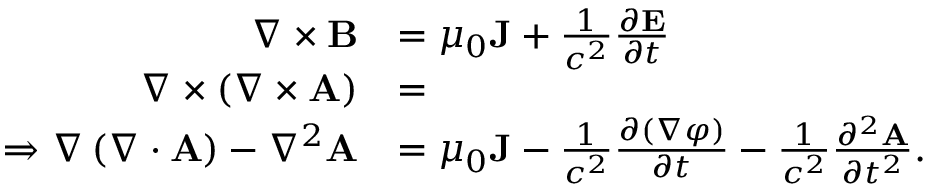
{ \begin{array} { r l } { \nabla \times \mathbf { B } } & { = \mu _ { 0 } \mathbf { J } + { \frac { 1 } { c ^ { 2 } } } { \frac { \partial \mathbf { E } } { \partial t } } } \\ { \nabla \times \left( \nabla \times \mathbf { A } \right) } & { = } \\ { \Rightarrow \nabla \left( \nabla \cdot \mathbf { A } \right) - \nabla ^ { 2 } \mathbf { A } } & { = \mu _ { 0 } \mathbf { J } - { \frac { 1 } { c ^ { 2 } } } { \frac { \partial ( \nabla \varphi ) } { \partial t } } - { \frac { 1 } { c ^ { 2 } } } { \frac { \partial ^ { 2 } \mathbf { A } } { \partial t ^ { 2 } } } . } \end{array} }